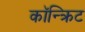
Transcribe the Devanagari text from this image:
कॉन्‍क्रिट